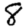
Digit: 8